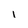
Character: I